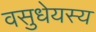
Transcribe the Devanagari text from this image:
वसुधेयस्य